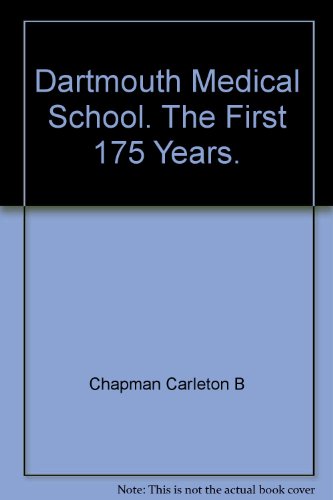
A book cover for Dartmouth Medical School: First 175 Years; Carleton B. Chapman; Education & Teaching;